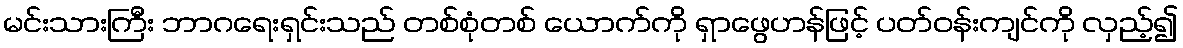
မင်းသားကြီး ဘာဂရေးရှင်းသည် တစ်စုံတစ် ယောက်ကို ရှာဖွေဟန်ဖြင့် ပတ်ဝန်းကျင်ကို လှည့်၍